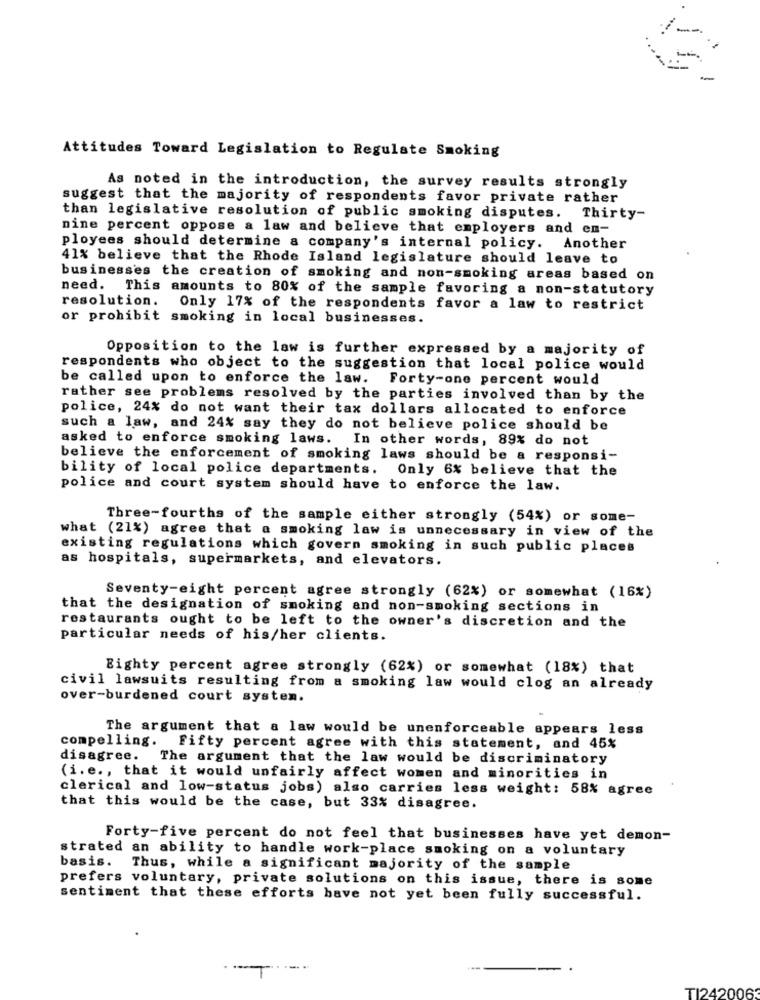
-
Attitudes Toward Legislation to Regulate Smoking
As noted in the introduction, the survey results strongly
suggest that the majority of respondents favor private rather
than legislative resolution of public smoking disputes. Thirty-
nine percent oppose a law and believe that employers and en-
ployees should determine a company's internal policy. Another
41% believe that the Rhode Island legislature should leave to
businesses the creation of smoking and non-smoking areas based on
need. This amounts to 80% of the sample favoring a non-statutory
resolution. Only 17% of the respondents favor a law to restrict
or prohibit smoking in local businesses.
Opposition to the law is further expressed by a majority of
respondents who object to the suggestion that local police would
be called upon to enforce the law.
Forty-one percent would
rather see problems resolved by the parties involved than by the
police, 24% do not want their tax dollars allocated to enforce
such a law, and 24% say they do not believe police should be
asked to enforce smoking laws. In other words, 89% do not
believe the enforcement of smoking laws should be a responsi-
bility of local police departments. Only 6% believe that the
police and court system should have to enforce the law.
Three-fourths of the sample either strongly (54%) or some-
what (21%) agree that a smoking law is unnecessary in view of the
existing regulations which govern smoking in such public places
as hospitals, supermarkets, and elevators.
Seventy-eight percent agree strongly (62%) or somewhat (16%)
that the designation of smoking and non-smoking sections in
restaurants ought to be left to the owner's discretion and the
particular needs of his/her clients.
Eighty percent agree strongly (62%) or somewhat (18%) that
civil lawsuits resulting from a smoking law would clog an already
over-burdened court system.
The argument that a law would be unenforceable appears less
compelling. Fifty percent agree with this statement, and 45%
disagree.
The argument that the law would be discriminatory
(i.e ., that it would unfairly affect women and minorities in
clerical and low-status jobs) also carries less weight: 58% agree
that this would be the case, but 33% disagree.
Forty-five percent do not feel that businesses have yet demon-
strated an ability to handle work-place smoking on a voluntary
basis.
Thus, while a significant majority of the sample
prefers voluntary, private solutions on this issue, there is some
sentiment that these efforts have not yet been fully successful.
TI242006